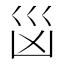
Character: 𭗾